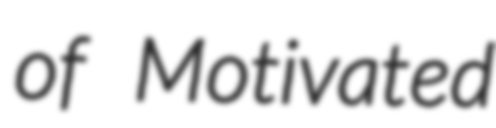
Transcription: of Motivated